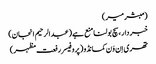
(مبشر میر)
خبر دار ، سچ بولنا منع ہے (عبدالرحیم انجان)
تھری اِن وَن کمانڈو (پروفیسر رفعت مظہر)